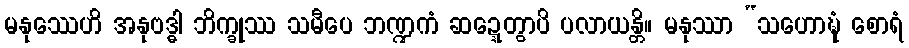
မနုဿေဟိ အနုဗဒ္ဓါ ဘိက္ခုဿ သမီပေ ဘဏ္ဍကံ ဆဍ္ဍေတွာပိ ပလာယန္တိ။ မနုဿာ “သဟောဍ္ဎံ စောရံ